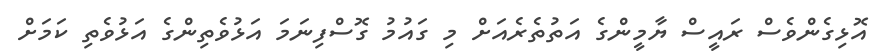
އޮޅިގެންވެސް ރައީސް ޔާމީންގެ އަތުތެރެއަށް މި ގައުމު ގޮސްފިނަމަ އަޅުވެތިންގެ އަޅުވެތި ކަމަށް